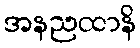
အနညထာနိ